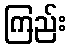
ကြည်း